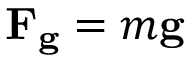
\mathbf { F _ { g } } = m \mathbf { g }